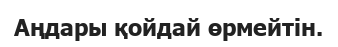
Аңдары қойдай өрмейтін.